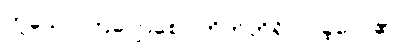
ဟူသော ကြျောစော ကိတ်တိရှိလာခဲ့လေ၏။